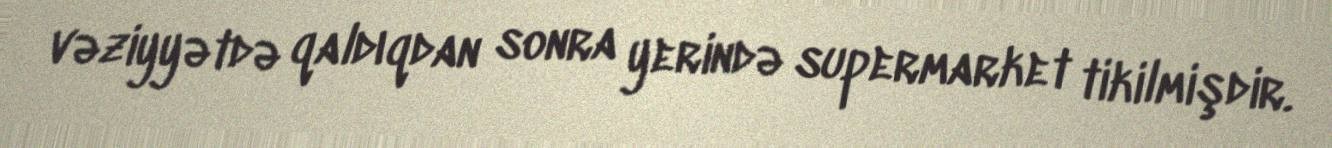
vəziyyətdə qaldıqdan sonra yerində supermarket tikilmişdir.